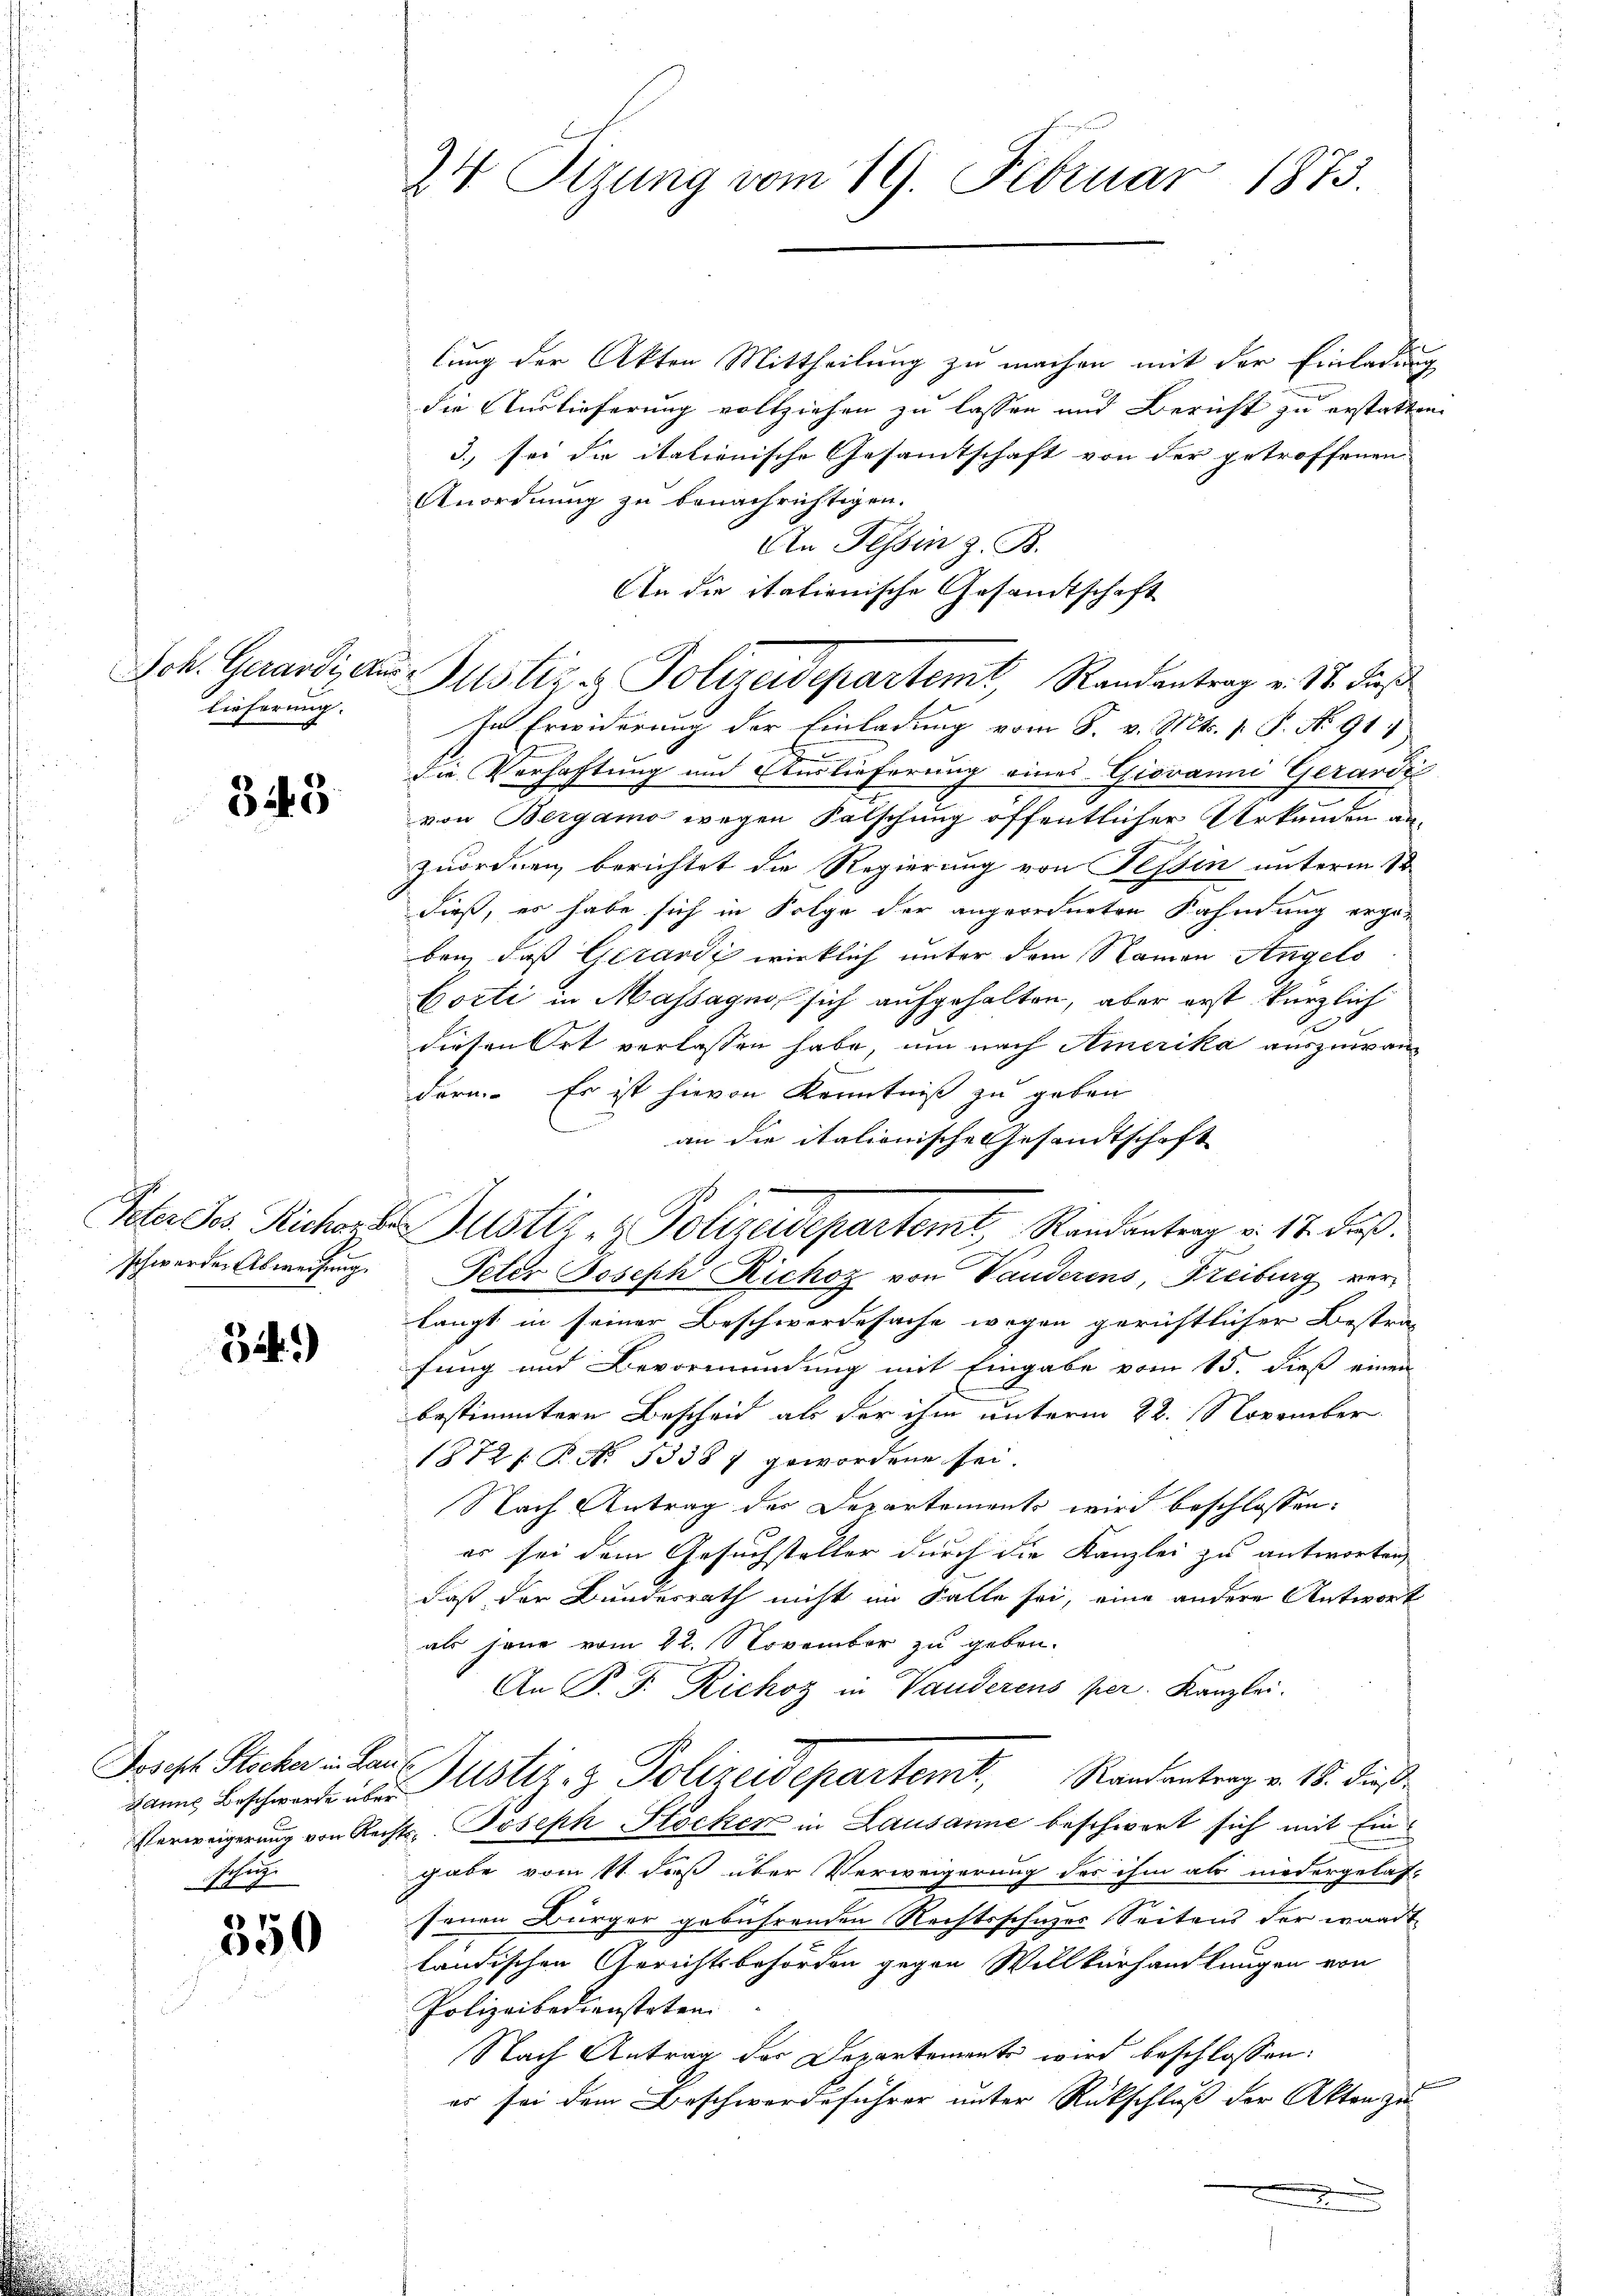
Joh. Gerardi, An
Lieferung.

343

schwerden Abweisung.

34.)

Joseph Stocker in Lanschütz

550

24 Tigung vom 19. Februar 1873.

u. Justiz & Polizeidepartemt, Randantrag v. 12. das

lung der Akten Mittheilung zu machen mit der Einladung
die Auslieferung vollziehen zu lassen und Bericht zu erstatten.
3., sei die italienische Gesamtschaft von der getroffenen
Anordnung zu benachrichtigen.
An Tessin z. B.
An die itationische Gesamtschaft
In Erwiderung der Einladung vom 8. v. Mts. 1. P. No. 917
die Verhaftung und Auslieferung eines Giovanni Gerardi
von Bergamo wegen Falschung öffentlicher Urkunden anzuordnen, berichtet die Regierung von Tessin unterm St
dieß, es habe sich in Folge der angeordneten Kahnung ergeben, daß Girardi wirklich unter dem Namen Angels
Corti in Massagno sich aufgehalten, aber erst kürzlich
diesen Ort verlassen habe, um nach Amerika auszuwandern. Es ist hievon Kenntniß zu geben
an die italionische Gesandtschaft
Peter Joseph Richoz von Vanderens, Freiburg verlangt in seiner Beschwerdesache wegen gerichtlicher Bestra-
fung und Bevormundung mit Eingabe vom 15. dieß einen
.
bestimmtern Bescheit als der ihm unterm 22. November
1872 P. N. 53387 gewordene sei.
Nach Antrag des Departements wird beschlossen:
er sei dem Gesuchsteller durch die Kanzlei zu antworten,
daß der Bundesrath nicht im Falle sei, eine andere Antwort
als jene vom 22. November zu geben.
An P. P. Richoz in Vanderens per. Kanzlei.
dann beschwert über Justiz- & Polizeidepartemt, Randantrag v. 18. dieß
Verweigerung von Rechts Joseph Stöcker in Lausanne beschwert sich mit Eingabe vom 11 dieß über Verweigerung des ihm als niedergelas-
senen Bürger gebührenden Rechtsschwer Seitens der wardt
ländischen Gerichtsbehörden gegen Willkürhandlungen von
Polizeibediensteten.
Nach Antrag der Departemente wird beschlossen:
e
es sei dem Beschwerdeführer unter Rückschluß der Akten zu

Veter Ses Richer Justiz & Polizeidepartemt, Randantrag v. 12. Fuß.